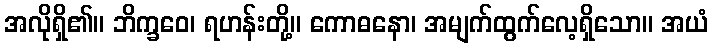
အလိုရှိ၏။ ဘိက္ခဝေ၊ ရဟန်းတို့။ ကောဓနော၊ အမျက်ထွက်လေ့ရှိသော။ အယံ